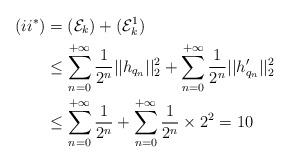
\begin{align*} (ii^*) &= (\mathcal{E}_k) + (\mathcal{E}_k^1) \\ &\leq \sum_{n=0}^{+\infty} \frac{1}{2^n}||h_{q_n}||_2^2 + \sum_{n=0}^{+\infty} \frac{1}{2^n}||h_{q_n}'||_2^2 \\ &\leq \sum_{n=0}^{+\infty} \frac{1}{2^n} + \sum_{n=0}^{+\infty} \frac{1}{2^n} \times 2^2 = 10\end{align*}